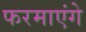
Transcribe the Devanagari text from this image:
फरमाएंगे